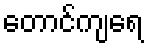
တောင်ကျရေ